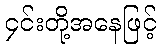
၄င်းတို့အနေဖြင့်